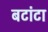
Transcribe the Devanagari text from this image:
बटांटा